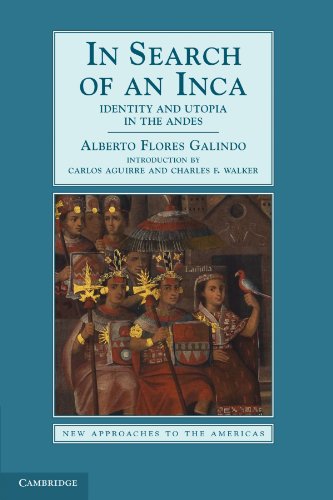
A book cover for In Search of an Inca: Identity and Utopia in the Andes (New Approaches to the Americas); Flores Galindo Alberto; History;